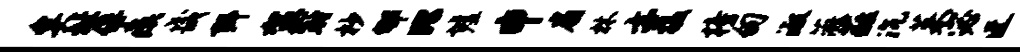
矣址俘瘼畿弭袈冠杪郇比墟申扇林亦摄榜甸淑薇蕤沉茱宓迓